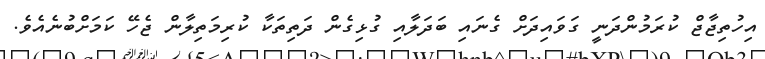
އިހުތިޖާޖް ކުރަމުންދަނީ ގަވައިދަށް ގެނައި ބަދަލާއި ގުޅިގެން ދަތިތަކާ ކުރިމަތިލާން ޖެހޭ ކަމަށްބުނެއެވެ.